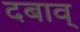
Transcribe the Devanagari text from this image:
दबाव्